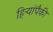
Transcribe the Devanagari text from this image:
हिर्‍यांपैकी